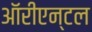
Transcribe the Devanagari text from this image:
ऑरीएन्टल